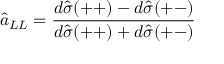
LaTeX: \hat { a } _ { L L } = \frac { d \hat { \sigma } ( + + ) - d \hat { \sigma } ( + - ) } { d \hat { \sigma } ( + + ) + d \hat { \sigma } ( + - ) }